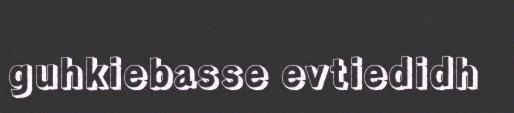
guhkiebasse evtiedidh